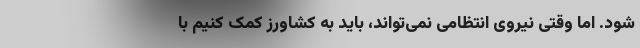
شود. اما وقتی نیروی انتظامی نمی‌تواند، باید به کشاورز کمک کنیم با